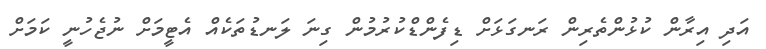
އަދި އިރާން ކުޅުންތެރިން ރަނގަޅަށް ޑިފެންޑްކުރުމުން ގިނަ ލަނޑުތަކެއް އެޓީމަށް ނުޖެހުނީ ކަމަށް